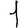
Digit: 1